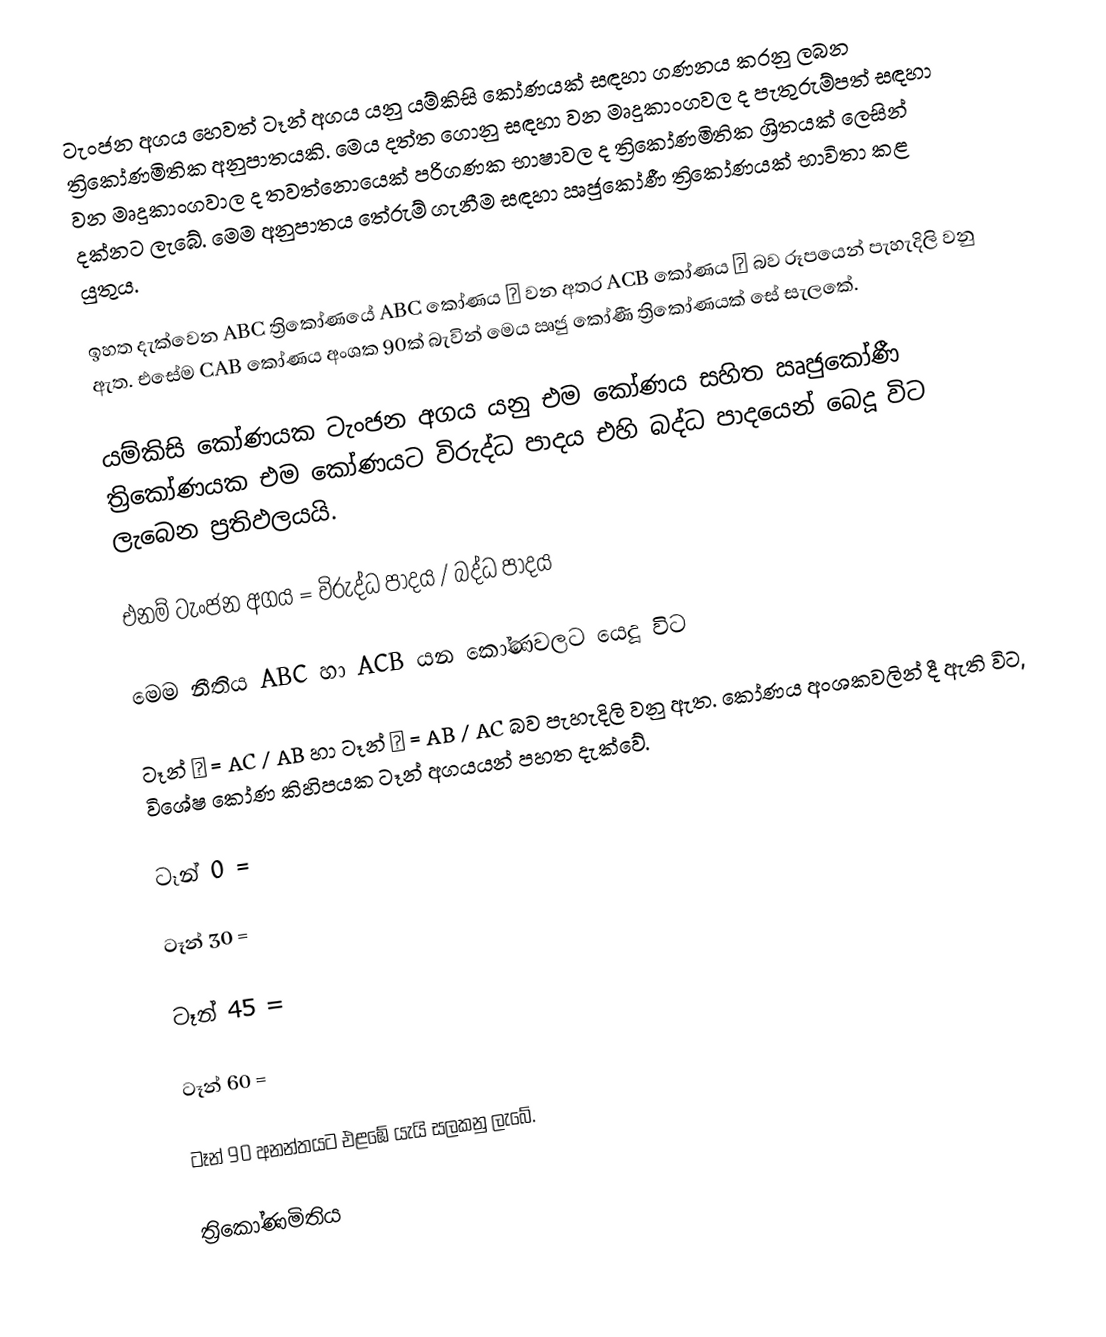
ටැංජන අගය හෙවත් ටෑන් අගය යනු යම්කිසි කෝණයක් සඳහා ගණනය කරනු ලබන ත්‍රිකෝණමිතික අනුපාතයකි.  මෙය දත්ත ගොනු සඳහා වන මෘදුකාංගවල ද පැතුරුම්පත් සඳහා වන මෘදුකාංගවාල ද තවත්නොයෙක් පරිගණක භාෂාවල ද ත්‍රිකෝණමිතික ශ්‍රිතයක් ලෙසින් දක්නට ලැබේ.  මෙම අනුපාතය තේරුම් ගැනීම සඳහා ඍජුකෝණී ත්‍රිකෝණයක් භාවිතා කළ යුතුය.

ඉහත දැක්වෙන ABC ත්‍රිකෝණයේ ABC කෝණය α  වන අතර ACB කෝණය β  බව රූපයෙන් පැහැදිලි වනු ඇත. එසේම CAB කෝණය අංශක 90ක් බැවින් මෙය ඍජු කෝණී ත්‍රිකෝණයක් සේ සැලකේ.

යම්කිසි කෝණයක ටැංජන අගය යනු එම කෝණය සහිත ඍජුකෝණී ත්‍රිකෝණයක එම කෝණයට විරුද්ධ  පාදය එහි බද්ධ පාදයෙන් බෙදූ  විට ලැබෙන ප්‍රතිඵලයයි.

එනම් ටැංජන අගය = විරුද්ධ  පාදය / බද්ධ පාදය

මෙම නීතිය ABC හා ACB යන කෝණවලට යෙදූ විට

ටෑන් α  = AC / AB   හා  ටෑන් β  =  AB / AC බව පැහැදිලි වනු ඇත. කෝණය අංශකවලින් දී ඇති විට, විශේෂ කෝණ කිහිපයක ටෑන් අගයයන් පහත දැක්වේ.

ටෑන් 0   =

ටෑන් 30 =

ටෑන් 45   =

ටෑන් 60 =

ටෑන් 90 අනන්තයට එළඹේ යැයි සලකනු ලැබේ.

ත්‍රිකෝණමිතිය